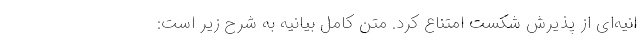
انیه‌ای از پذیرش شکست امتناع کرد. متن کامل بیانیه به شرح زیر است: